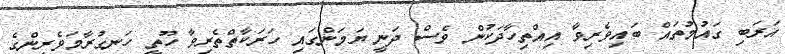
އަރަބި ގައުމުތައް ބައިވެރިވާ އިއްތިހާދަކުން ވެސް ދަނީ ޔަމަންގައި ހަރަކާތްތެރިވާ ހޫތީ ހަނގުރާމަވެރިންގެ